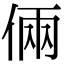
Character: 倆